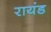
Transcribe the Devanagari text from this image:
रायंड